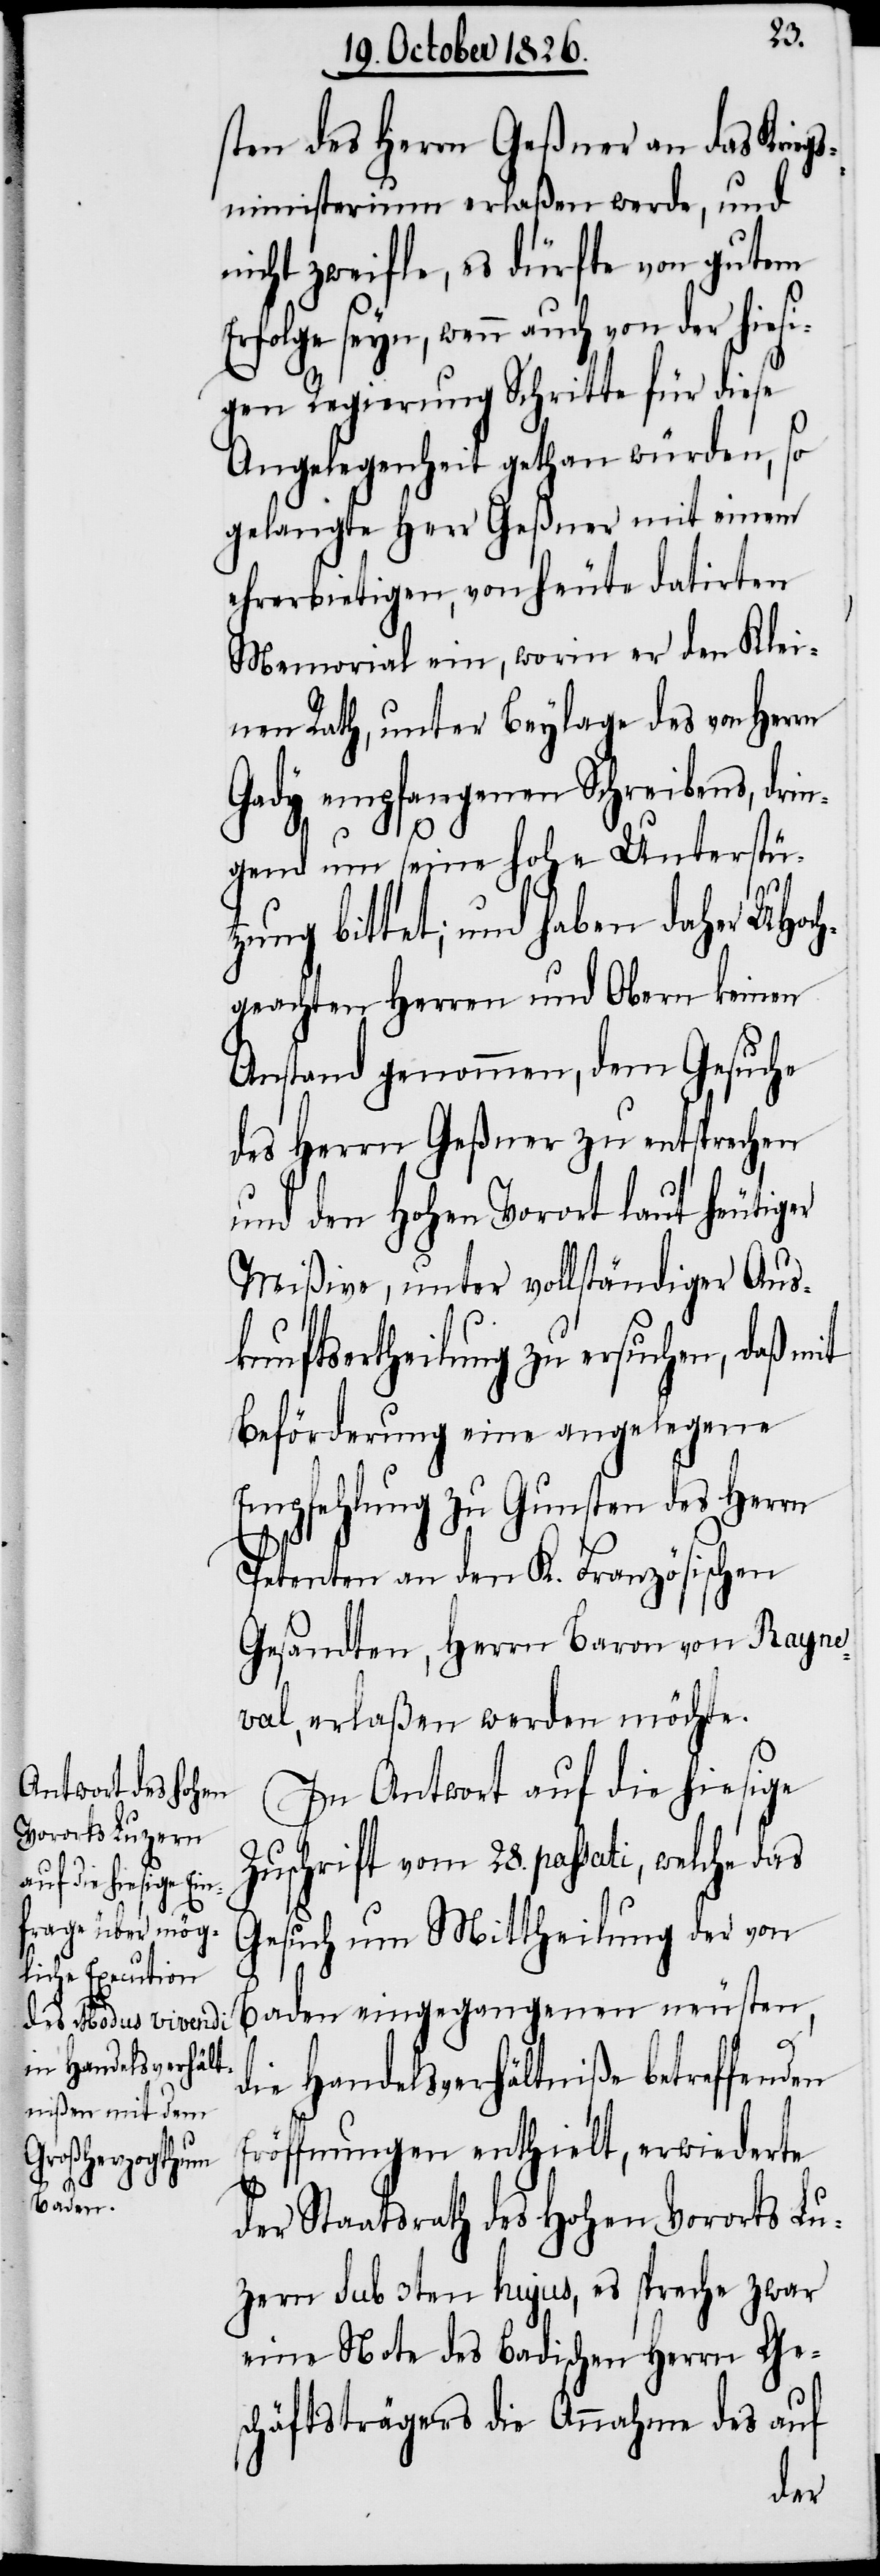
sten des Herrn Geßner an das Krieg¬
sministerium erlaßen werde, und
nicht zweifle, es dürfte von gutem
seyn, wenn auch von der hies¬
igen Regierung Schritte für diese
Angelegenheit gethan würden, so
gelangte Herr Geßner mit einem
ehrerbietigen, von heute datierten
Memorial ein, worin er den Klei¬
nen Rath, unter Beylage des von Herrn
Gady empfangenen Schreibens, dri¬
ngend um seine hohe Unterstüt¬
it
zung bittet; und haben daher MHoch¬
geachten Herren und Obern keinen
Anstand genommen, dem Gesuche
des Herrn Geßner zu entsprechen
und den hohen Vorort laut heutiger
Mißive, unter vollständiger Aus¬
kunftsertheilung zu ersuchen, daß m¬
Beförderung eine angelegene
Empfehlung zu Gunsten des Herrn
Petenten an den K. Französischen
Gesandten, Herrn Baron von Rayne¬
val, erlaßen werden möchte.
In Antwort auf die hiesige
Zuschrift vom 28. passati, welche das
Gesuch um Mittheilung der von
Baden eingegangenen neusten,
die Handelsverhältniße betreffenden
Eröffnungen enthielt, erwiederte
der Staatsrath des hohen Vororts Lu¬
zern sub 3ten hujus, es spreche zwar
eine Note des Badischen Herrn Ge¬
schäftsträgers die Annahme des auf